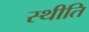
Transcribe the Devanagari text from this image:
स्थीति